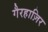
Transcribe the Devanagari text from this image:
गैरहाज़िर